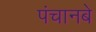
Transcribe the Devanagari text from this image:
पंचानबे